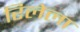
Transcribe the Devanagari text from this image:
रिलेला